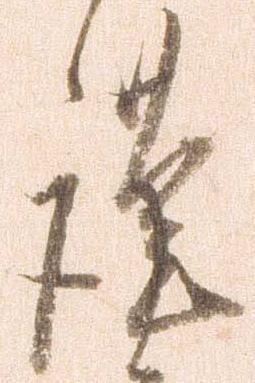
謹